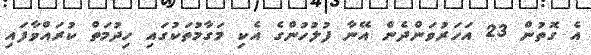
އެ ގޮތުން 23 އަހަރުވަންދެން އޭނާ ފުލުހުންގެ އެކި މަގާމުތަކުގައި ހިދުމަތް ކުރައްވާފައި